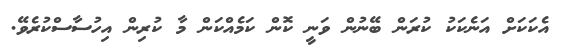
އެކަކަށް އަނެކަކު ކުރަން ބޭނުން ވަނީ ކޮން ކަމެއްކަން މާ ކުރިން އިހުސާސްކުރެވޭ.